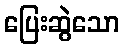
ပြေးဆွဲသော